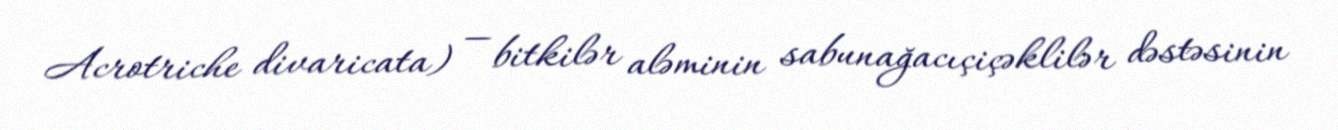
Acrotriche divaricata) — bitkilər aləminin sabunağacıçiçəklilər dəstəsinin